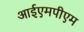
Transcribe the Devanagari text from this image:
आईएमपीएम